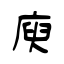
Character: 庾